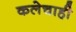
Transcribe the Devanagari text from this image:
कलेचाही